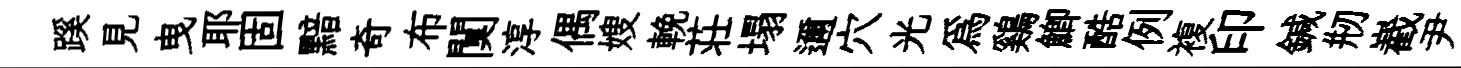
蹊見曳耶固黯奇布闃淳偶嫂輓荘塌邇穴光爲鷄鯽酷例複印鍼剏嶻尹